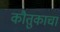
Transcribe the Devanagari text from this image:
कौतुकाचा